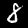
Label: 8